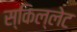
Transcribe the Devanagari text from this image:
स्किल्लेट